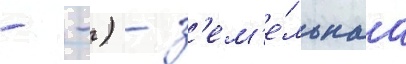
- -) - з'ем'е́льнаа